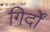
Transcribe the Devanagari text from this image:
गिर्दों